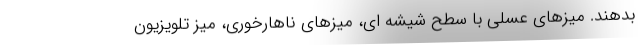
بدهند. میزهای عسلی با سطح شیشه ای، میزهای ناهارخوری، میز تلویزیون